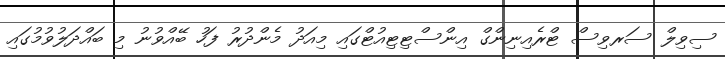
ސިވިލް ސަރވިސް ޓްރެއިނިންގް އިންސްޓިޓިއުޓްގައި މިއަދު މެންދުރު ފަހު ބޭއްވުނު މި ބައްދަލުވުމުގައި